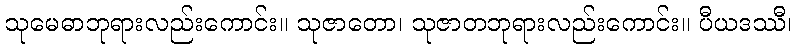
သုမေဓာဘုရားလည်းကောင်း။ သုဇာတော၊ သုဇာတဘုရားလည်းကောင်း။ ပီယဒဿီ၊